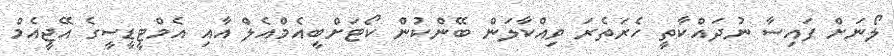
ލޯނަށް ފައިސާ ނުދައްކާތީ ހެރަތެރަ ވިއްކާލަން ބޭންކުން ކޯޓަށްބީއެމްއެލް އާއި އެމްޓީޑީސީގެ އޭޖީއެމް